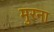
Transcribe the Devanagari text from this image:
मुरना